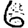
Digit: 6